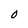
Character: 0